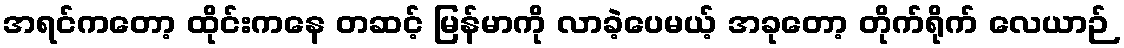
အရင်ကတော့ ထိုင်းကနေ တဆင့် မြန်မာကို လာခဲ့ပေမယ့် အခုတော့ တိုက်ရိုက် လေယာဉ်